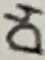
Text: D4